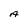
Character: A